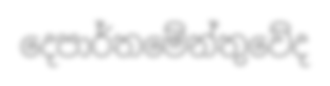
දෙපාර්තමේන්තුවේද